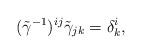
LaTeX: \begin{align*}(\tilde\gamma^{-1})^{ij}\tilde\gamma_{jk}=\delta^i_k,\end{align*}